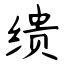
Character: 缋